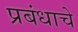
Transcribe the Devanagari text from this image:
प्रबंधाचे